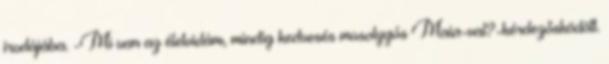
irodájába. -Mi van az életvidám, mindig kedvesés mosolygós Maia-val?-kérdezősködött.